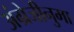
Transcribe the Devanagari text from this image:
अंग्रेजीनुमा